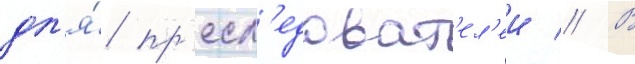
дл'я́ пр'есл'едоват'ел'еи // В